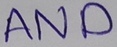
Text: AND